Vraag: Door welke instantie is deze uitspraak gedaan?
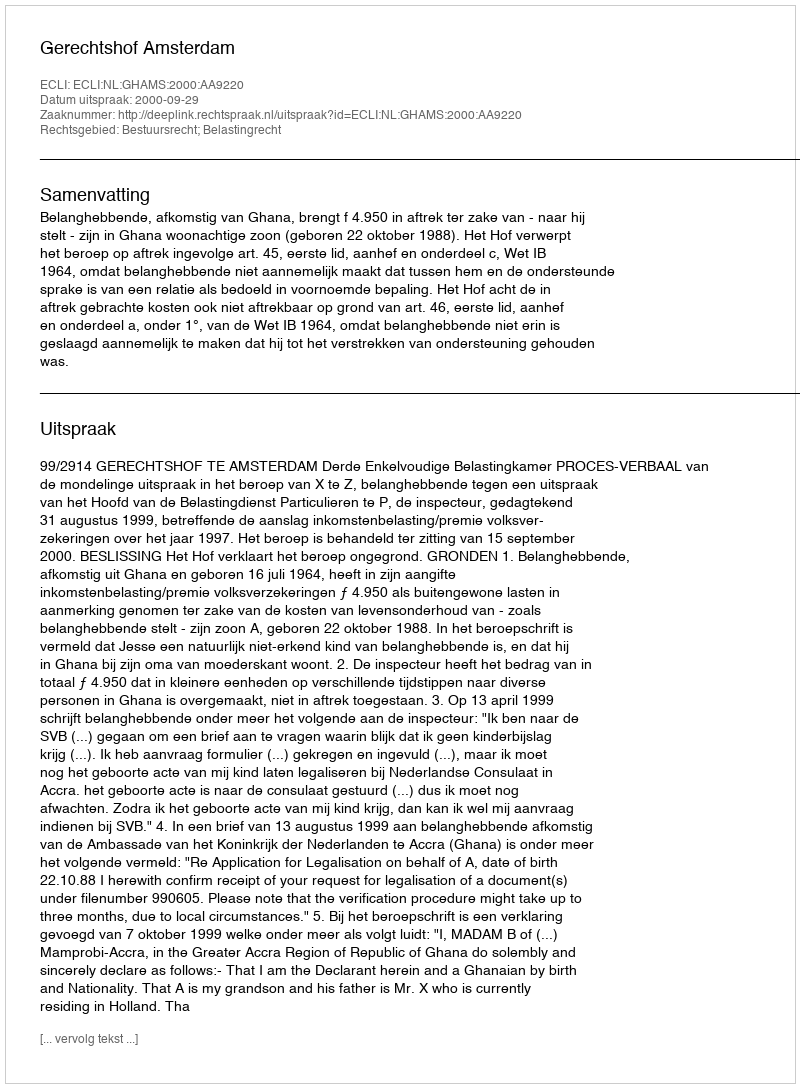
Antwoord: Gerechtshof Amsterdam